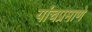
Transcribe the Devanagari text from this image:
यांचप्रमाणे